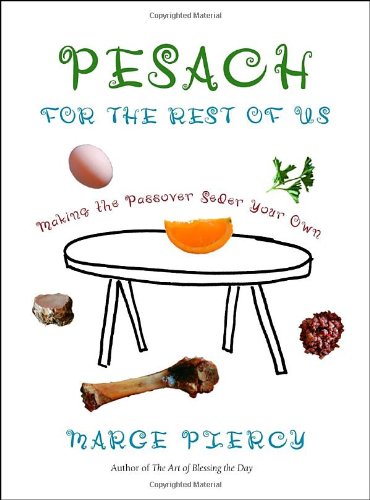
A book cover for Pesach for the Rest of Us: Making the Passover Seder Your Own; Marge Piercy; Cookbooks, Food & Wine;